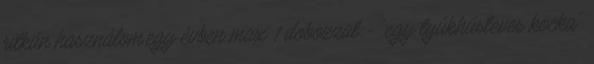
ritkán használom,egy évben max 1 dobozzal:- "egy tyúkhúsleves kocka"